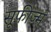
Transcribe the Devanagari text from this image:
सूफीज्म